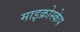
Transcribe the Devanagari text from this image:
माइक्रोस्केप